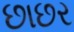
છાછર